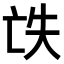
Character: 𠅎